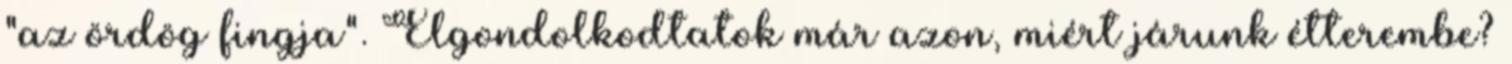
"az ördög fingja". Elgondolkodtatok már azon, miért járunk étterembe?